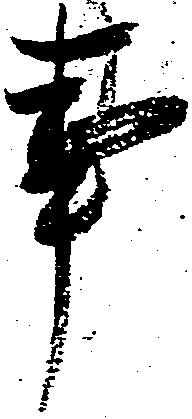
事